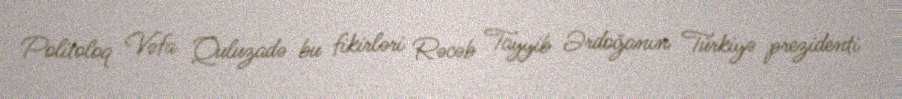
Politoloq Vəfa Quluzadə bu fikirləri Rəcəb Tayyib Ərdoğanın Türkiyə prezidenti